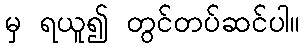
မှ ရယူ၍ တွင်တပ်ဆင်ပါ။